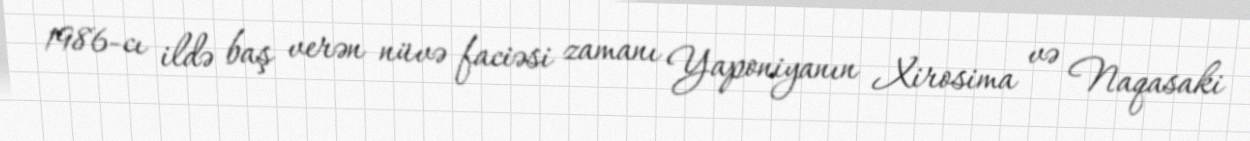
1986-cı ildə baş verən nüvə faciəsi zamanı Yaponiyanın Xirosima və Naqasaki